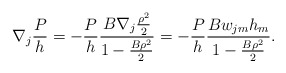
\begin{align*}\nabla_{j}\frac{P}{h}=-\frac{P}{h}\frac{B\nabla_{j}\frac{\rho^{2}}{2}}{1-\frac{B\rho^{2}}{2}}=-\frac{P}{h}\frac{Bw_{jm}h_{m}}{1-\frac{B\rho^{2}}{2}}.\end{align*}